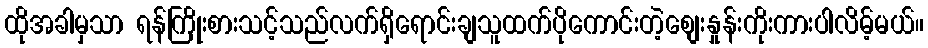
ထိုအခါမှသာ ရန်ကြိုးစားသင့်သည်လက်ရှိရောင်းချသူထက်ပိုကောင်းတဲ့စျေးနှုန်းကိုးကားပါလိမ့်မယ်။